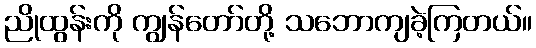
ညိုထွန်းကို ကျွန်တော်တို့ သဘောကျခဲ့ကြတယ်။